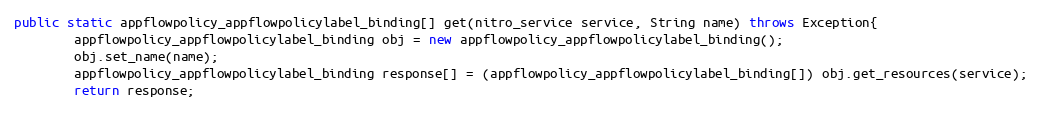
Language: Java
public static appflowpolicy_appflowpolicylabel_binding[] get(nitro_service service, String name) throws Exception{
		appflowpolicy_appflowpolicylabel_binding obj = new appflowpolicy_appflowpolicylabel_binding();
		obj.set_name(name);
		appflowpolicy_appflowpolicylabel_binding response[] = (appflowpolicy_appflowpolicylabel_binding[]) obj.get_resources(service);
		return response;